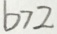
b > 2